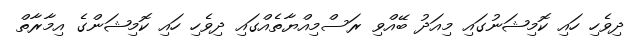
ދިވެހި ހައި ކޮމިޝަނުގައި މިއަދު ބޭއްވި ރަސްމިއްޔާތެއްގައި ދިވެހި ހައި ކޮމިޝަންގެ އިމާރާތް